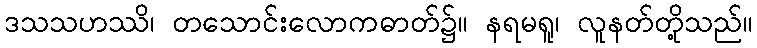
ဒသသဟဿိ၊ တသောင်းလောကဓာတ်၌။ နရမရူ၊ လူနတ်တို့သည်။